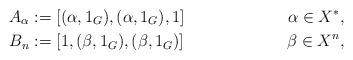
LaTeX: \begin{align*}A_\alpha &:= [(\alpha, 1_G), (\alpha, 1_G), 1]&\alpha\in X^*,\\B_n &:= [1, (\beta,1_G), (\beta, 1_G)]&\beta\in X^n,\end{align*}